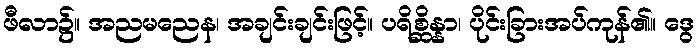
ဖီလာ၌။ အညမညေန၊ အချင်းချင်းဖြင့်။ ပရိစ္ဆိန္နာ၊ ပိုင်းခြားအပ်ကုန်၏။ ဒွေ